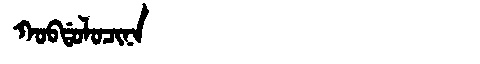
Manchu: ᡴᠣᠪᡩᠣᠯᠣᠴᡳᠨᠠ
Romanization: KOBDOLOCINA